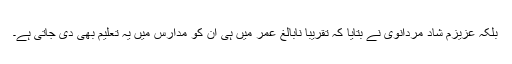
بلکہ عزیزم شاد مردانوی نے بتایا کہ تقریباً نابالغ عمر میں ہی ان کو مدارس میں یہ تعلیم بھی دی جاتی ہے۔